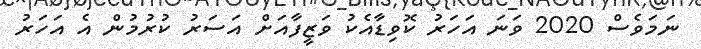
ނަަމަވެސް 2020 ވަނަ އަހަރު ކޮވިޑާއެކު ވަޒީފާއަށް އަސަރު ކުރުމުން އެ އަހަރު